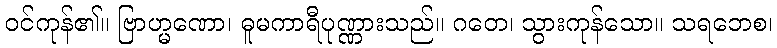
ဝင်ကုန်၏။ ဗြာဟ္မဏော၊ ဓူမကာရီပုဏ္ဏားသည်။ ဂတေ၊ သွားကုန်သော။ သရဘေစ၊